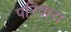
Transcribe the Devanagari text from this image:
परिवारा